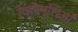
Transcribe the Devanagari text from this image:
रेव्होलुशिआँ